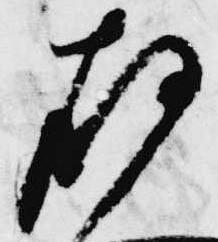
存